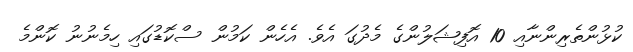
ކުޅުންތެރިންނާއި 10 އޮފިޝަލުންގެ މެދުގަ އެވެ. އެހެން ކަމުން ސްކޮޑުގައި ހިމެނުނު ކޮންމެ